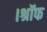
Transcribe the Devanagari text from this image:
।श्रॉफ